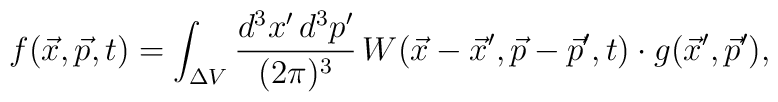
f(\vec x,\vec p,t) = \int_{\Delta V} {d^3x'\,d^3p' \over (2 \pi)^3}\,  W(\vec x-\vec x',\vec p - \vec p',t)\cdot g(\vec x',\vec p'),